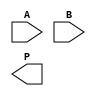
module radix4_wallace_multiplier #(parameter A_WIDTH = 8, B_WIDTH = 8) (
    input [A_WIDTH-1:0] A, // Multiplicand
    input [B_WIDTH-1:0] B, // Multiplier
    output reg [A_WIDTH + B_WIDTH - 1:0] P // Product
);

    // Partial product generation
    wire [A_WIDTH-1:0] pp [0:B_WIDTH/2-1]; // Partial products
    genvar i;
    generate
        for (i = 0; i < B_WIDTH/2; i = i + 1) begin : pp_gen
            assign pp[i] = (B[2*i] ? A : 0) + (B[2*i+1] ? (A << 1) : 0);
        end
    endgenerate

    // Wallace tree reduction
    wire [A_WIDTH + B_WIDTH - 1:0] sum [0:B_WIDTH/2-1];
    wire [A_WIDTH + B_WIDTH - 1:0] carry [0:B_WIDTH/2-1];

    // Initial reduction stage
    generate
        for (i = 0; i < B_WIDTH/2; i = i + 1) begin : reduction_stage
            if (i == 0) begin
                assign sum[i] = pp[i][A_WIDTH + B_WIDTH - 1:0];
                assign carry[i] = 0;
            end else begin
                assign {carry[i], sum[i]} = pp[i] + sum[i-1];
            end
        end
    endgenerate

    // Final addition
    wire [A_WIDTH + B_WIDTH - 1:0] final_sum;
    wire [A_WIDTH + B_WIDTH - 1:0] final_carry;

    assign {final_carry, final_sum} = sum[B_WIDTH/2 - 1] + carry[B_WIDTH/2 - 1];

    // Assign the final product
    always @(*) begin
        P = final_sum + final_carry;
    end

endmodule